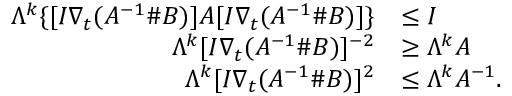
\begin{array} { r l } { \Lambda ^ { k } \{ [ I \nabla _ { t } ( A ^ { - 1 } \# B ) ] A [ I \nabla _ { t } ( A ^ { - 1 } \# B ) ] \} } & { \leq I } \\ { \Lambda ^ { k } [ I \nabla _ { t } ( A ^ { - 1 } \# B ) ] ^ { - 2 } } & { \geq \Lambda ^ { k } A } \\ { \Lambda ^ { k } [ I \nabla _ { t } ( A ^ { - 1 } \# B ) ] ^ { 2 } } & { \leq \Lambda ^ { k } A ^ { - 1 } . } \end{array}